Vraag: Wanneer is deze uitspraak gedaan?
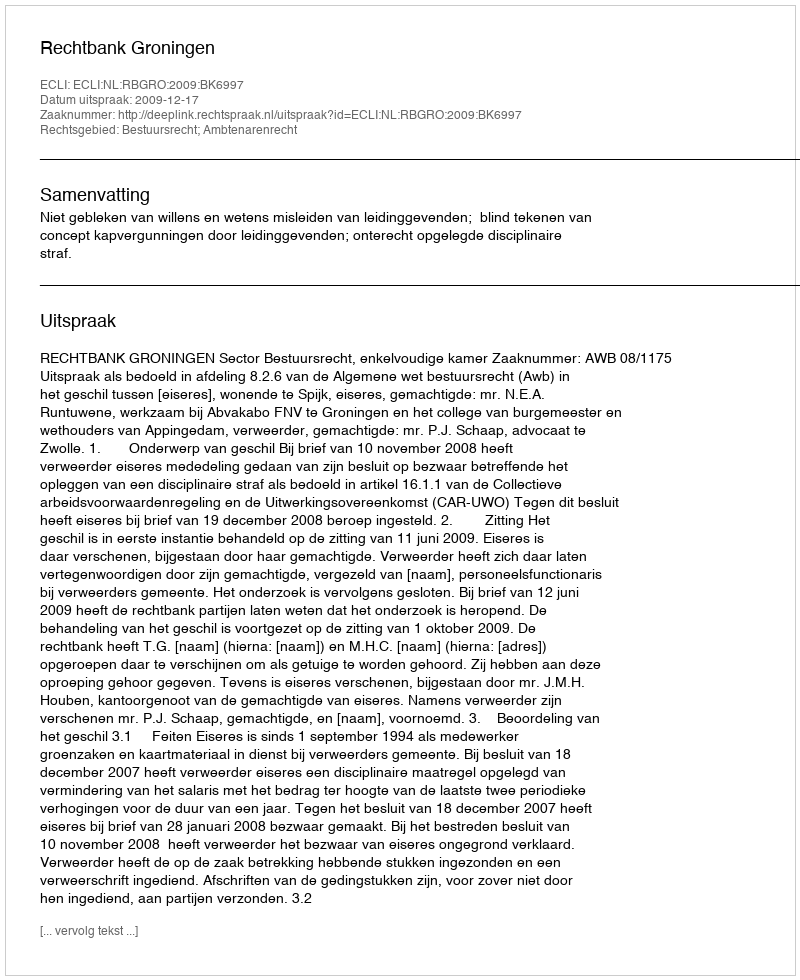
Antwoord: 2009-12-17